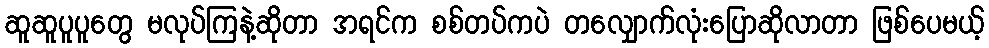
ဆူဆူပူပူတွေ မလုပ်ကြနဲ့ဆိုတာ အရင်က စစ်တပ်ကပဲ တလျှောက်လုံးပြောဆိုလာတာ ဖြစ်ပေမယ့်